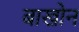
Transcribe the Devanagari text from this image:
बाखोन